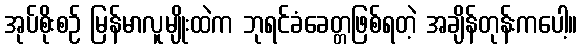
အုပ်စိုးစဉ် မြန်မာလူမျိုးထဲက ဘုရင်ခံခေတ္တဖြစ်ရတဲ့ အချိန်တုန်းကပေါ့။